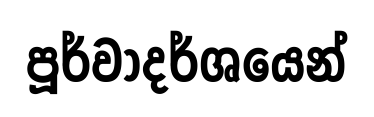
පූර්වාදර්ශයෙන්